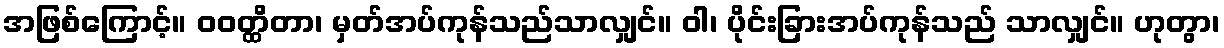
အဖြစ်ကြောင့်။ ဝဝတ္ထိတာ၊ မှတ်အပ်ကုန်သည်သာလျှင်။ ဝါ၊ ပိုင်းခြားအပ်ကုန်သည် သာလျှင်။ ဟုတွာ၊